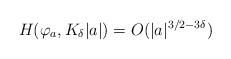
LaTeX: \begin{align*} H(\varphi_a,K_\delta|a|) = O(|a|^{3/2-3\delta})\end{align*}